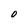
Character: O